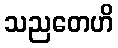
သညတေဟိ